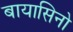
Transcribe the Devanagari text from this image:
बायासिनो